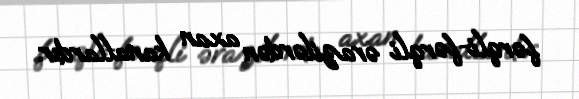
fərqli-fərqli ərazilərdən axan kanallardır.